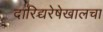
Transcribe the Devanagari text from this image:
दारिद्र्यरेषेखालचा